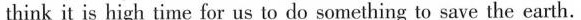
think it is high time for us to do something to save the earth.